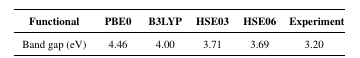
<table><thead><tr><td><b>Functional</b></td><td><b>PBE0</b></td><td><b>B3LYP</b></td><td><b>HSE03</b></td><td><b>HSE06</b></td><td><b>Experiment</b></td></tr></thead><tbody><tr><td>Band gap (eV)</td><td>4.46</td><td>4.00</td><td>3.71</td><td>3.69</td><td>3.20</td></tr></tbody></table>